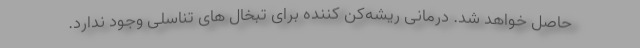
حاصل خواهد شد. درمانی ریشه‌کن کننده برای تبخال های تناسلی وجود ندارد.